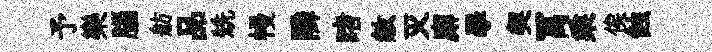
予樂腦舫品兟幔隣睹赦灭廨學契罥乘俟蝕